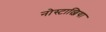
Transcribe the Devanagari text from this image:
नोस्टाल्जिया